Document type: Emphyteutic lease
Year: 1274
Scribe: Pere Marquès
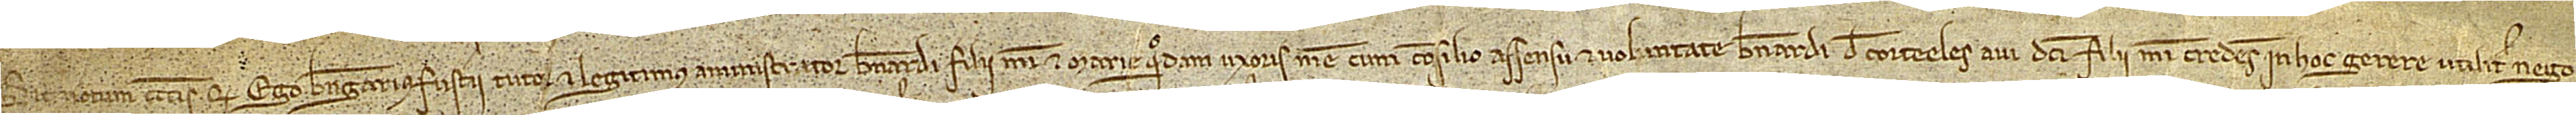
Sit omnibus notum quod ego Berengarius Fusterii, tutor et legitimus amministrator Bernardi, filii mei et Marie, quondam, uxoris mee, cum consilio, assensu et voluntate Bernardi de Corteeles, avi dicti filii mei, credens in hoc gerere utiliter nego-